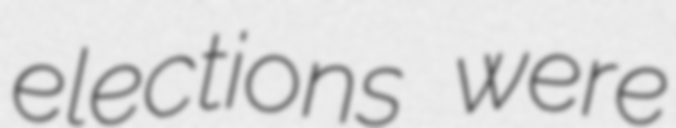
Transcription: elections were